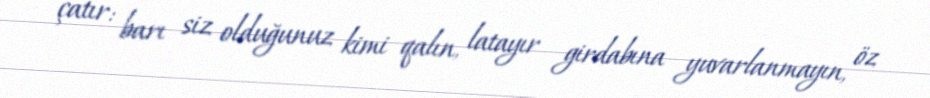
çatır: barı siz olduğunuz kimi qalın, latayır girdabına yuvarlanmayın, öz